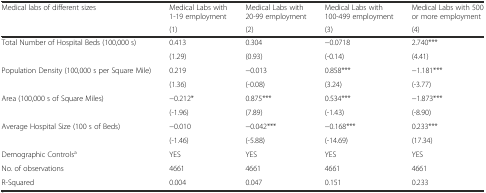
<table><thead><tr><td><b>Medical labs of different sizes</b></td><td><b>Medical Labs with 1-19 employment</b></td><td><b>Medical Labs with 20-99 employment</b></td><td><b>Medical Labs with 100-499 employment</b></td><td><b>Medical Labs with 500 or more employment</b></td></tr><tr><td></td><td><b>(1)</b></td><td><b>(2)</b></td><td><b>(3)</b></td><td><b>(4)</b></td></tr></thead><tbody><tr><td>Total Number of Hospital Beds (100,000 s)</td><td>0.413</td><td>0.304</td><td>−0.0718</td><td>2.740***</td></tr><tr><td></td><td>(1.29)</td><td>(0.93)</td><td>(-0.14)</td><td>(4.41)</td></tr><tr><td>Population Density (100,000 s per Square Mile)</td><td>0.219</td><td>−0.013</td><td>0.858***</td><td>−1.181***</td></tr><tr><td></td><td>(1.36)</td><td>(-0.08)</td><td>(3.24)</td><td>(-3.77)</td></tr><tr><td>Area (100,000 s of Square Miles)</td><td>−0.212*</td><td>0.875***</td><td>0.534***</td><td>−1.873***</td></tr><tr><td></td><td>(-1.96)</td><td>(7.89)</td><td>(-1.43)</td><td>(-8.90)</td></tr><tr><td>Average Hospital Size (100 s of Beds)</td><td>−0.010</td><td>−0.042***</td><td>−0.168***</td><td>0.233***</td></tr><tr><td></td><td>(-1.46)</td><td>(-5.88)</td><td>(-14.69)</td><td>(17.34)</td></tr><tr><td>Demographic Controls<sup>a</sup></td><td>YES</td><td>YES</td><td>YES</td><td>YES</td></tr><tr><td>No. of observations</td><td>4661</td><td>4661</td><td>4661</td><td>4661</td></tr><tr><td>R-Squared</td><td>0.004</td><td>0.047</td><td>0.151</td><td>0.233</td></tr></tbody></table>